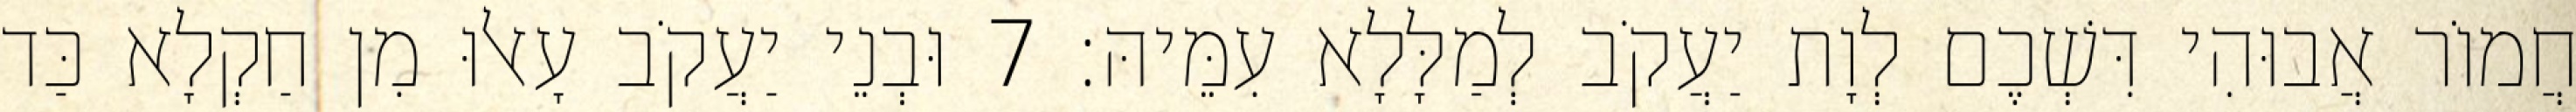
חֲמוֹר אֲבוּהִי דִּשְׁכֶם לְוָת יַעֲקֹב לְמַלָּלָא עִמֵּיהּ׃ 7 וּבְנֵי יַעֲקֹב עָאלוּ מִן חַקְלָא כַּד